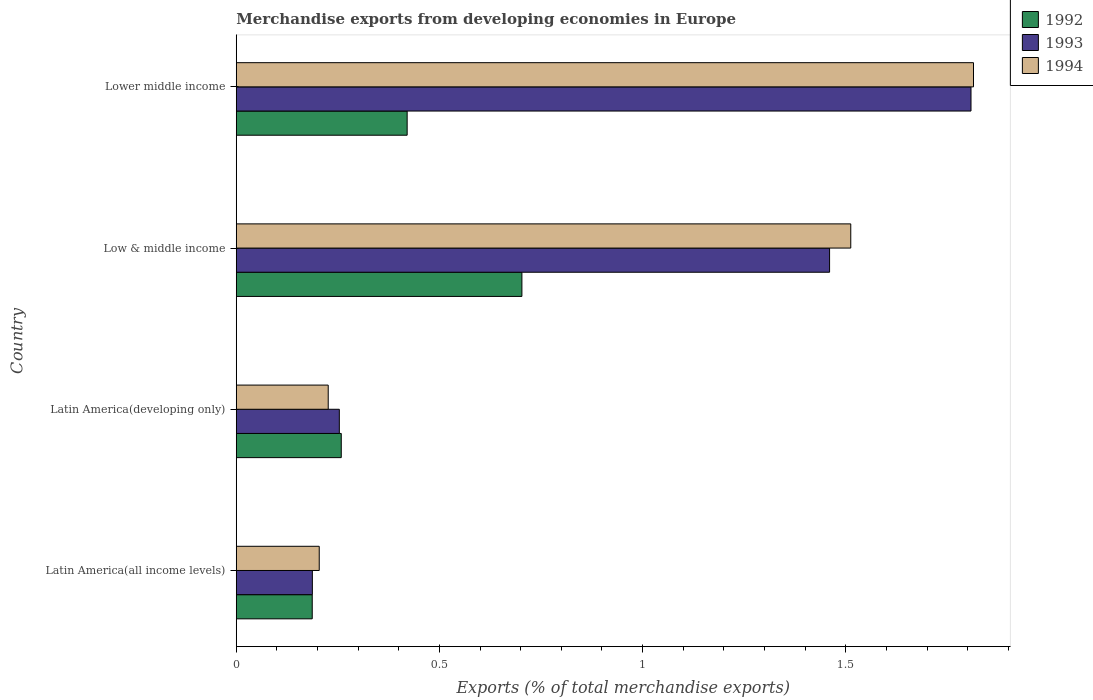
| Country | 1992 | 1993 | 1994 |
 | --- | --- | --- | --- |
 | Latin America(all income levels) | 0.187 | 0.187 | 0.204 |
 | Latin America(developing only) | 0.258 | 0.254 | 0.226 |
 | Low & middle income | 0.703 | 1.46 | 1.51 |
 | Lower middle income | 0.421 | 1.81 | 1.81 |